Indian Civil Veterinary Department memoirs
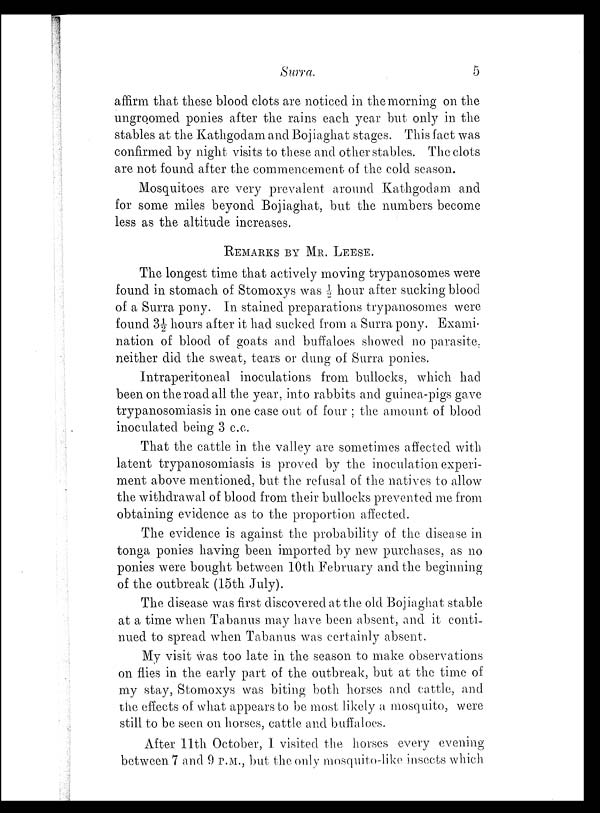
Surra.
5
affirm that these blood clots are noticed in the morning on the
ungroomed ponies after the rains each year but only in the
stables at the Kathgodam and Bojiaghat stages. This fact was
confirmed by night visits to these and other stables. The clots
are not found after the commencement of the cold season.
Mosquitoes are very prevalent around Kathgodam and
for some miles beyond Bojiaghat, but the numbers become
less as the altitude increases.
REMARKS BY MR. LEESE.
The longest time that actively moving trypanosomes were
found in stomach of Stomoxys was ½ hour after sucking blood
of a Surra pony. In stained preparations trypanosomes were
found 3½ hours after it had sucked from a Surra pony. Exami-
nation of blood of goats and buffaloes showed no parasite,
neither did the sweat, tears or dung of Surra ponies.
Intraperitoneal inoculations from bullocks, which had
been on the road all the year, into rabbits and guinea-pigs gave
trypanosomiasis in one case out of four ; the amount of blood
inoculated being 3 c.c.
That the cattle in the valley are sometimes affected with
latent trypanosomiasis is proved by the inoculation experi-
ment above mentioned, but the refusal of the natives to allow
the withdrawal of blood from their bullocks prevented me from
obtaining evidence as to the proportion affected.
The evidence is against the probability of the disease in
tonga ponies having been imported by new purchases, as no
ponies were bought between 10th February and the beginning
of the outbreak (15th July).
The disease was first discovered at the old Bojiaghat stable
at a time when Tabanus may have been absent, and it conti-
nued to spread when Tabanus was certainly absent.
My visit was too late in the season to make observations
on flies in the early part of the outbreak, but at the time of
my stay, Stomoxys was biting both horses and cattle, and
the effects of what appears to be most likely a mosquito, were
still to be seen on horses, cattle and buffaloes.
After 11th October, I visited the horses every evening
between 7 and 9 P.M., but the only mosquito-like insects which